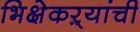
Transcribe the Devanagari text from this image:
भिक्षेकऱ्यांची